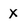
Character: X